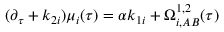
{ } ( \partial _ { \tau } + k _ { 2 i } ) \mu _ { i } ( \tau ) = \alpha k _ { 1 i } + \Omega _ { i , A B } ^ { 1 , 2 } ( \tau )